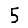
Digit: 5